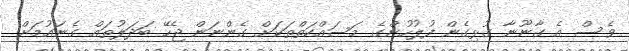
ވެސް އެ ގާނޫނާ ގުޅިގެން ފުލުހުންގެ މަސައްކަތްތަކަށް ގެންނަން ޖެހޭ ބަދަލުތައް ގެނައުމަށް